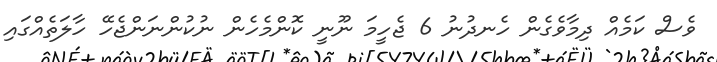
ވެސް ކަމެއް ދިމާވެގެން ހެނދުނު 6 ޖެހީމަ ނޫނީ ކޮންމެހެން ނުކުންނަންޖެހޭ ހާލަތެއްގައި